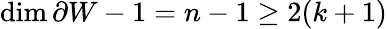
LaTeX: \dim\partial W-1=n-1\geq 2(k+1)